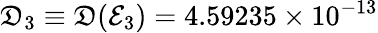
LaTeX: \mathfrak{D}_{3}\equiv\mathfrak{D}(\mathcal{E}_{3})=4.59235\times 10^{-13}